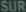
SURF